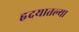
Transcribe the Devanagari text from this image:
हृदयातल्या